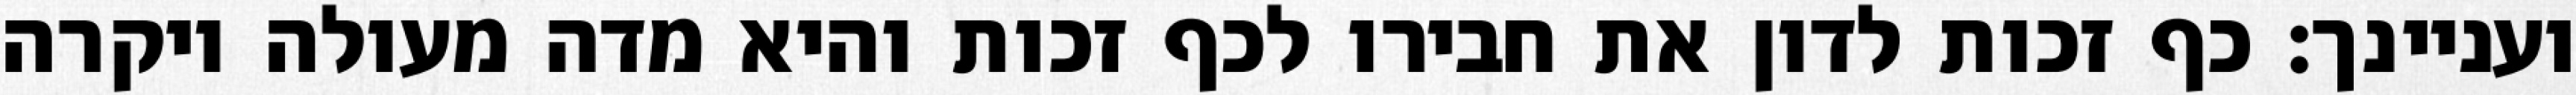
ועניינך: כף זכות לדון את חבירו לכף זכות והיא מדה מעולה ויקרה